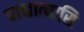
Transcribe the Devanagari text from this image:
पाश्चात्यासि